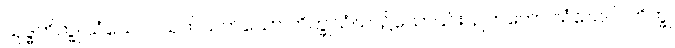
သုဒ္ဓဘိက္ခု သံဃေဝါ၊ သက်သက်သော ဘိက္ခုသံဃာ၌သော်၎င်း။ ဥဘတော သံဃေဝါ၊ ဘိက္ခု